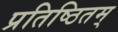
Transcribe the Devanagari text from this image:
प्रतिष्ठितम्